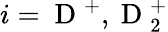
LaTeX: i=\mathrm{~D~}^{+},\mathrm{~D~}_{2}^{+}